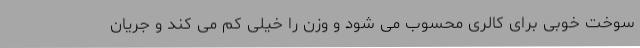
سوخت خوبی برای کالری محسوب می شود و وزن را خیلی کم می کند و جریان